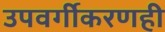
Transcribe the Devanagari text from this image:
उपवर्गीकरणही